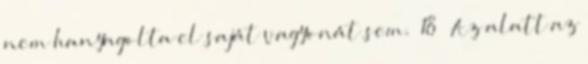
nem hanyagolta el saját vagyonát sem.” 18 „Az alatt az